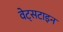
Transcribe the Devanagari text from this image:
वेट्सटाइन